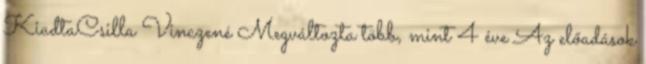
KiadtaCsilla Vinczené Megváltozta több, mint 4 éve Az előadások